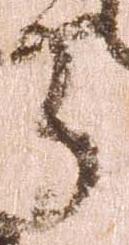
守